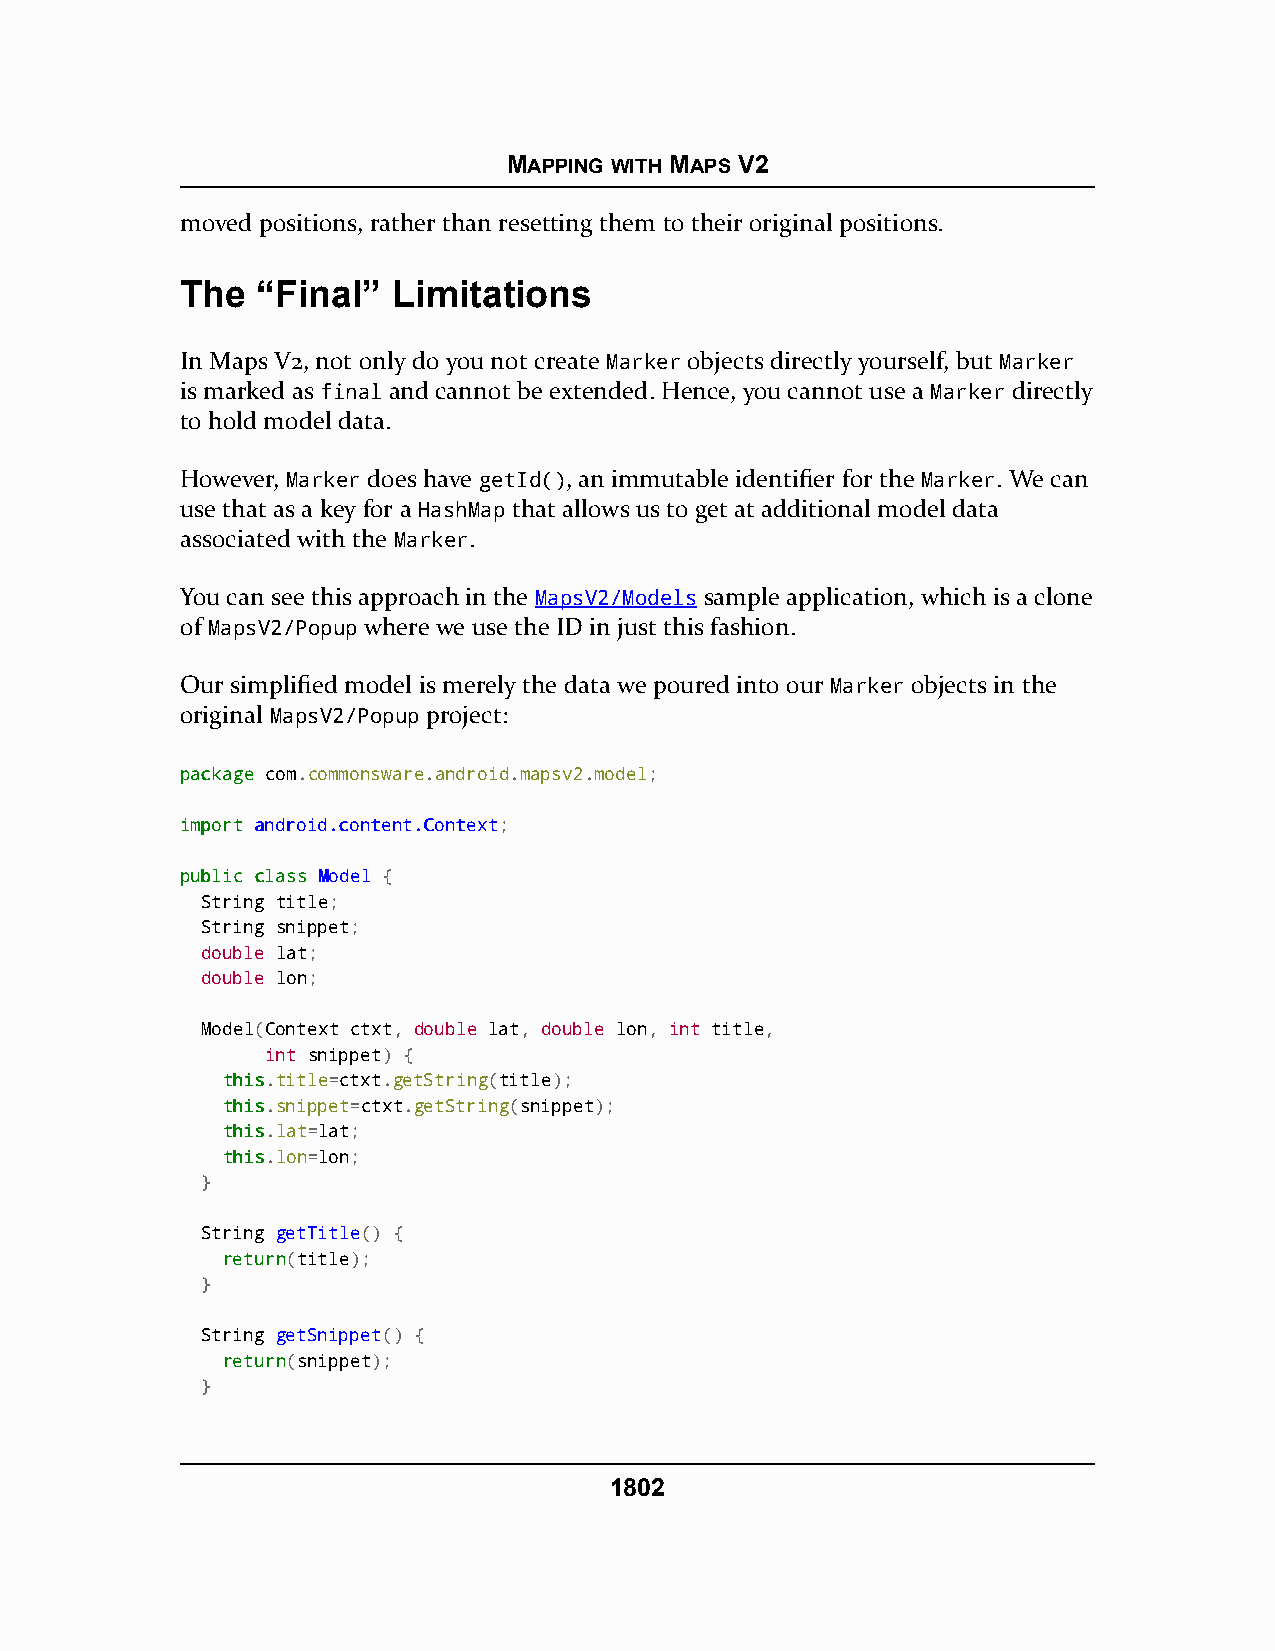
MAPPING WITH MAPS V2
 moved positions, rather than resetting them to their original positions.
 The  “Final”  Limitations
 In Maps V2, not only do you not create Marker objects directly yourself, but Marker
 is marked as final and cannot be extended. Hence, you cannot use a Marker directly
 to hold model data.
 However, Marker does have getId(), an immutable identifier for the Marker. We can
 use that as a key for a HashMap that allows us to get at additional model data
 associated with the Marker.
 You can see this approach in the MapsV2/Models sample application, which is a clone
 of MapsV2/Popup where we use the ID in just this fashion.
 Our simplified model is merely the data we poured into our Marker objects in the
 original MapsV2/Popup project:
 ppaacckkaaggee com.commonsware.android.mapsv2.model;
 iimmppoorrtt aannddrrooiidd..ccoonntteenntt..CCoonntteexxtt;
 ppuubblliicc ccllaassss MMooddeell {
 String title;
 String snippet;
 double lat;
 double lon;
 Model(Context ctxt, double lat, double lon, int title,
 int snippet) {
 tthhiiss.title=ctxt.getString(title);
 tthhiiss.snippet=ctxt.getString(snippet);
 tthhiiss.lat=lat;
 tthhiiss.lon=lon;
 }
 String getTitle() {
 rreettuurrnn(title);
 }
 String getSnippet() {
 rreettuurrnn(snippet);
 }
 1802